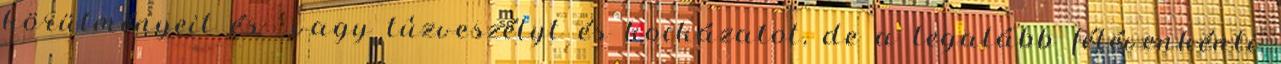
körülményeit és vagy tûzveszélyt és kockázatot, de a legalább félévenkénti